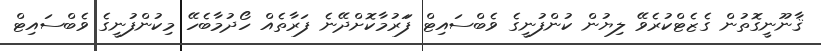
ޤާނޫނީގޮތުން ގެޒެޓްކުރެވޭ ލިޔުން ކުންފުނީގެ ވެބްސައިޓް ފަަރުމާކޮށްދޭނެ ފަރާތެއް ހޯދުމާބެހޭ މިކުންފުނީގެ ވެބްސައިޓް